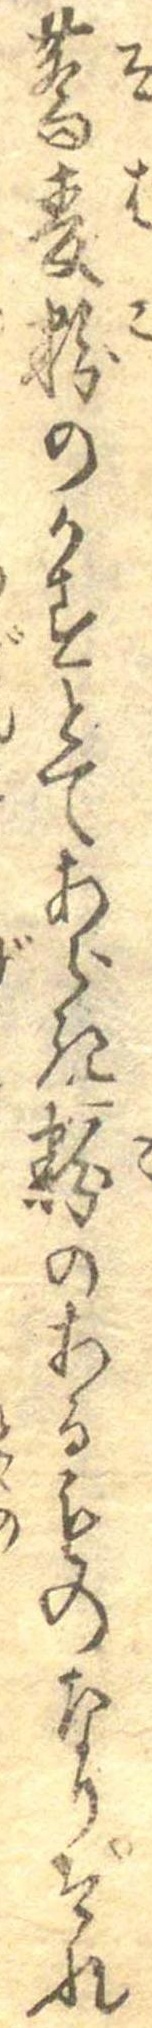
蕎麦粉のかすとてあらき粉のあるものなりそれ